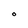
Character: O